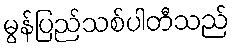
မွန်ပြည်သစ်ပါတီသည်